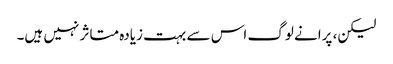
لیکن، پرانے لوگ اس سے بہت زیادہ متاثر نہیں ہیں۔